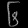
Digit: ၆